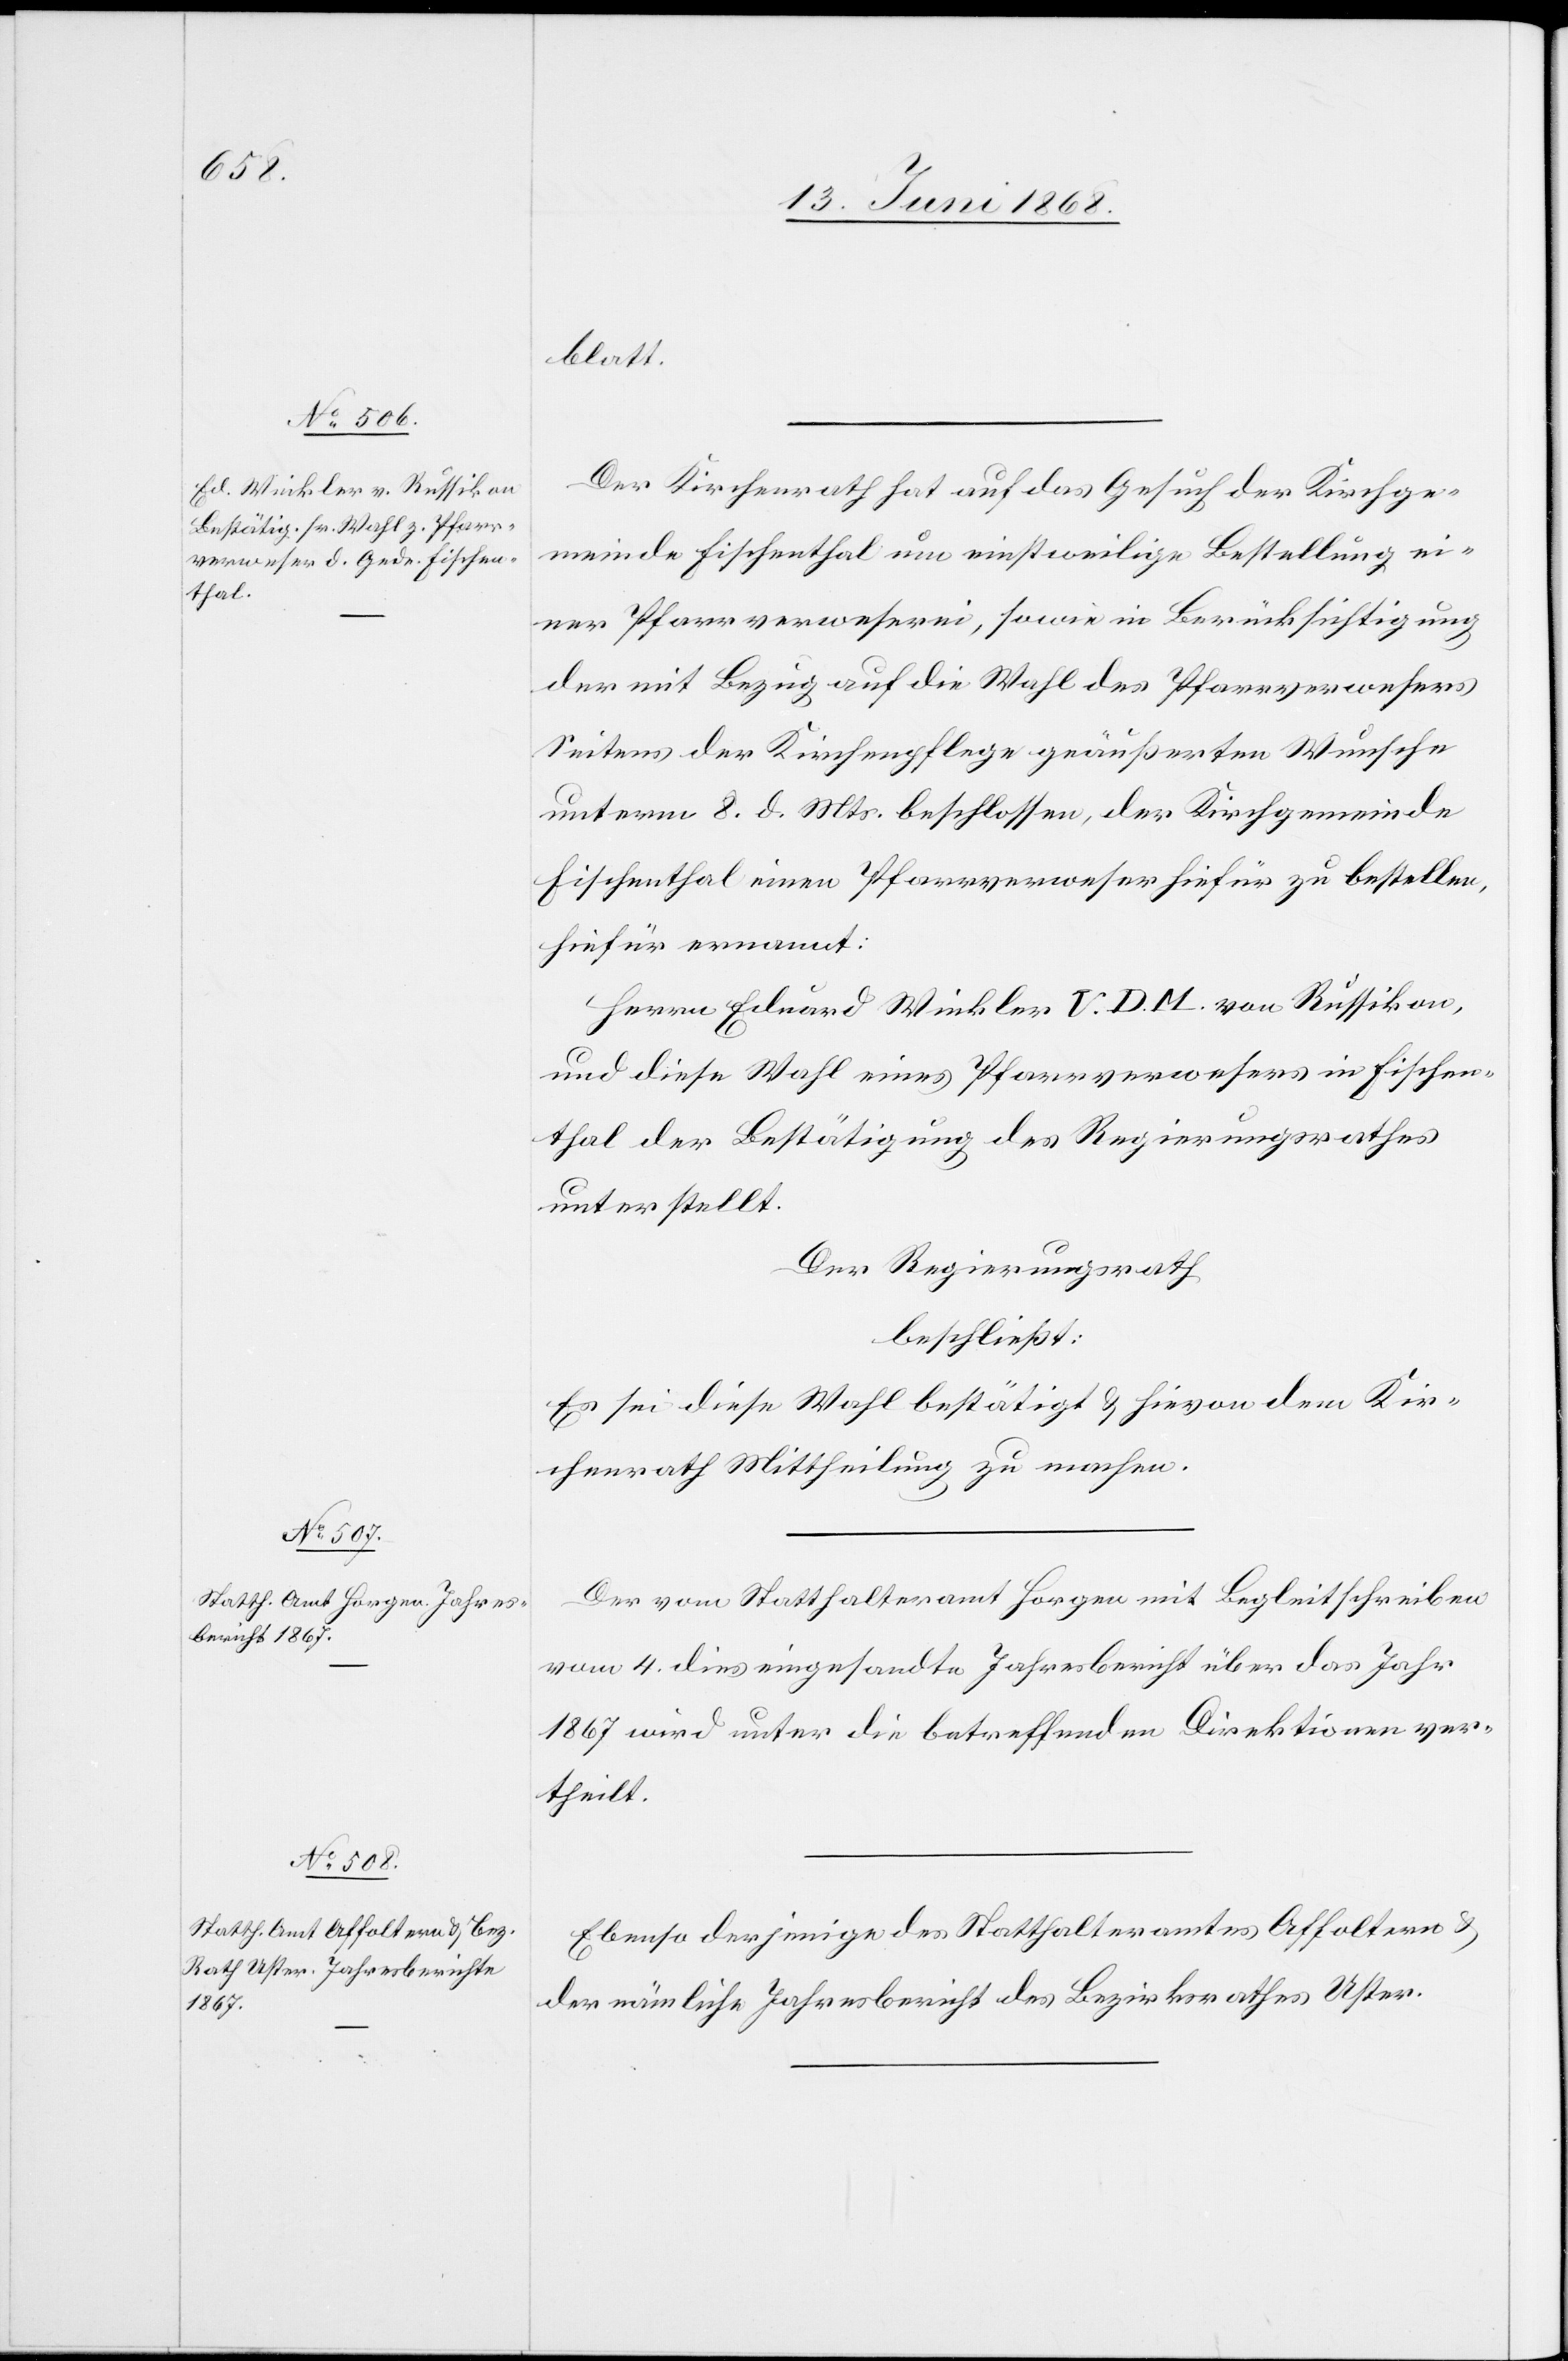
blatt.
Der Kirchenrath hat auf das Gesuch der Kirchge¬
meinde Fischenthal um einstweilige Bestellung ei¬
ner Pfarrverweserei, sowie in Berücksichtigung
der mit Bezug auf die Wahl des Pfarrverwesers
Seitens der Kirchenpflege geäußerten Wunsche
unterm 8. d. Mts. beschlossen, der Kirchgemeinde
Fischenthal einen Pfarrverweser hiefür zu bestellen,
hiefür ernannt:
Herrn Eduard Winkler V. D. M. von Russikon,
und diese Wahl eines Pfarrverwesers in Fischen¬
thal der Bestätigung des Regierungsrathes
unterstellt.
Der Regierungsrath
beschließt:
Es sei diese Wahl bestätigt & hievon dem Kir¬
chenrath Mittheilung zu machen.
Der vom Statthalteramt Horgen mit Begleitschreiben
vom 4. dies eingesandte Jahresbericht über das Jahr
1867 wird unter die betreffenden Direktionen ver¬
theilt.
Ebenso derjenige des Statthalteramtes Affoltern &
der nämliche Jahresbericht des Bezirksrathes Uster.